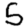
Digit: 5